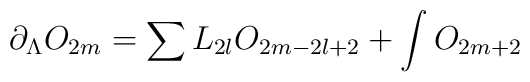
\partial_{\Lambda}O_{2m}=\sum L_{2l}O_{2m-2l+2} + \int O_{2m+2}